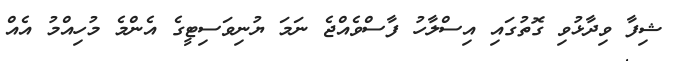
ޝިފާ ވިދާޅުވި ގޮތުގައި އިސްލާހު ފާސްވެއްޖެ ނަމަ ޔުނިވަސިޓީގެ އެންމެ މުހިއްމު އެއް